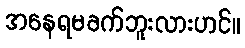
အနေရမခက်ဘူးလားဟင်။